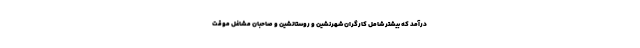
درآمد که بیشتر شامل کارگران شهرنشین و روستانشین و صاحبان مشاغل موقت